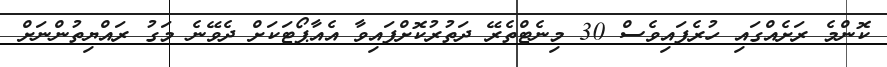
ކޮންމެ ރަށެއްގައި ހުރެފައިވެސް 30 މިނެޓްތެރޭ ދަތުރުކޮށްފައިވާ އެއާޕޯޓަކަށް ދެވޭނެ މަގު ރައްޔިތުންނަށް